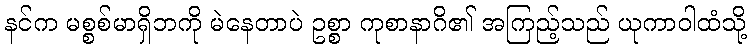
နင်က မစ္စစ်မာရှိဘကို မဲနေတာပဲ ဥစ္စာ ကုစာနာဂိ၏ အကြည့်သည် ယုကာဝါထံသို့